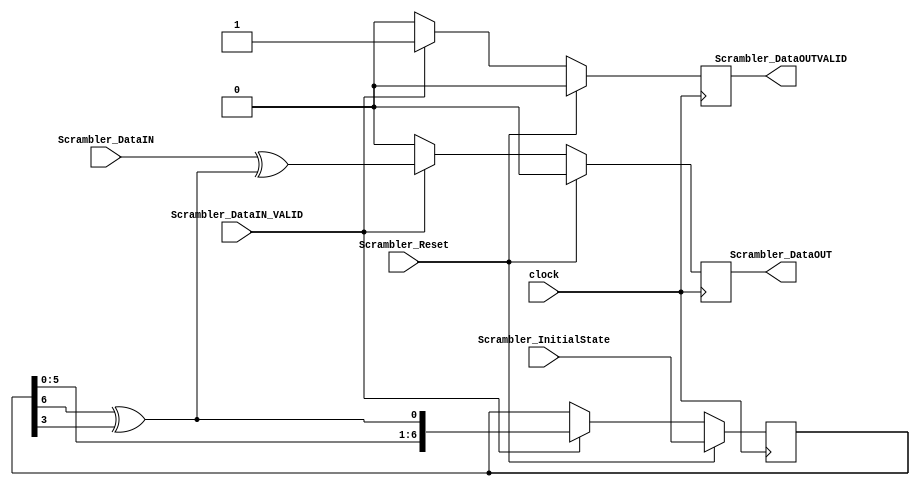
`timescale 1ns / 1ps
//////////////////////////////////////////////////////////////////////////////////
// Company: 
// Engineer: 
// 
// Design Name: 
// Module Name:    Scrambler 
// Project Name: 
// Target Devices: 
// Tool versions: 
// Description: 
//
// Dependencies: 
//
// Revision: 
// Revision 0.01 - File Created
// Additional Comments: 
//
//////////////////////////////////////////////////////////////////////////////////
module Scrambler(
	input wire clock,
	input wire Scrambler_Reset, 
	input wire [6:0] Scrambler_InitialState,
	input wire Scrambler_DataIN,
	input wire Scrambler_DataIN_VALID,
	output reg Scrambler_DataOUT,
	output reg Scrambler_DataOUTVALID
);

	reg [6:0] state;

	always@(posedge clock)
	begin 
			if(Scrambler_Reset)
			begin
				state <= Scrambler_InitialState;
				Scrambler_DataOUT <= 1'b0;
				Scrambler_DataOUTVALID <= 1'b0;
			end
			else if(Scrambler_DataIN_VALID)
			begin
					state <= {state[5:0], state[6] ^ state[3]};
					Scrambler_DataOUT <= Scrambler_DataIN ^ (state[6] ^ state[3]);
					Scrambler_DataOUTVALID <= 1'b1;	
			end
			else
			begin
				Scrambler_DataOUT <= 1'b0;
				Scrambler_DataOUTVALID <= 1'b0;
			end
	end

endmodule